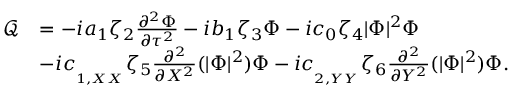
\begin{array} { r l } { \mathcal { Q } } & { = - i a _ { 1 } \zeta _ { 2 } \frac { \partial ^ { 2 } \Phi } { \partial \tau ^ { 2 } } - i b _ { 1 } \zeta _ { 3 } \Phi - i c _ { 0 } \zeta _ { 4 } | \Phi | ^ { 2 } \Phi } \\ & { - i c _ { _ { _ { 1 , X X } } } \zeta _ { 5 } \frac { \partial ^ { 2 } } { \partial X ^ { 2 } } ( | \Phi | ^ { 2 } ) \Phi - i c _ { _ { _ { 2 , Y Y } } } \zeta _ { 6 } \frac { \partial ^ { 2 } } { \partial Y ^ { 2 } } ( | \Phi | ^ { 2 } ) \Phi . } \end{array}